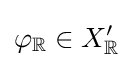
\varphi _{\mathbb {R} }\in X_{\mathbb {R} }^{\prime }